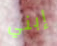
إبني